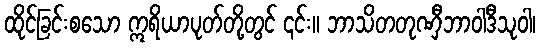
ထိုင်ခြင်းစသော ဣရိယာပုတ်တို့တွင် ၎င်း။ ဘာသိတတုဏှီဘာဝါဒီသုဝါ၊